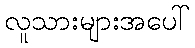
လူသားများအပေါ်